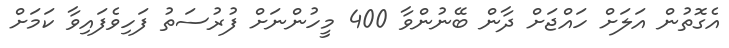
އެގޮތުން އަލަށް ހައްޖަށް ދާން ބޭނުންވާ 400 މީހުންނަށް ފުރުސަތު ފަހިވެފައިވާ ކަމަށް